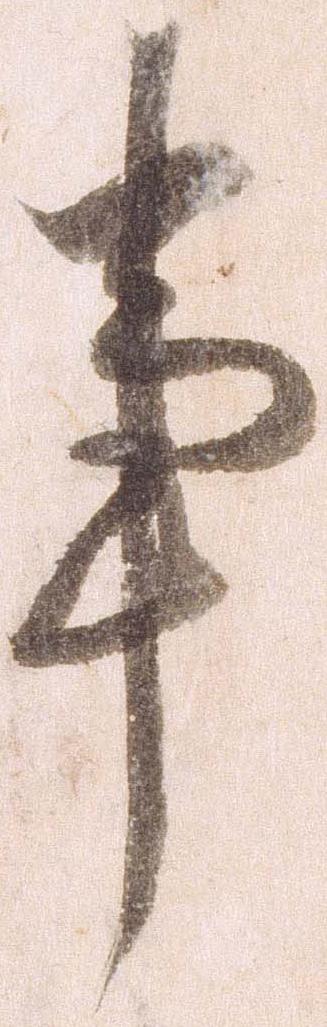
事